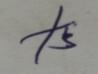
Signature authenticity: forged